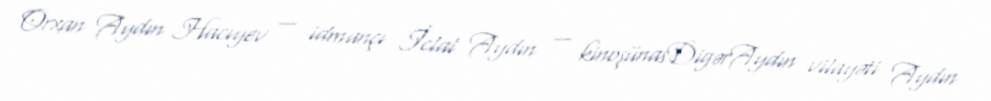
Orxan Aydın Hacıyev — idmançı İclal Aydın — kinoşünasDigərAydın vilayəti Aydın